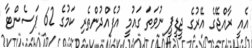
އެއީ ރާއްޖޭގެ އޭރުގެ ޖީޑީޕީ ނުވަތަ ގައުމީ އުފެއްދުންތެރި ކަމުގެ 62 ޕަސެންޓާ